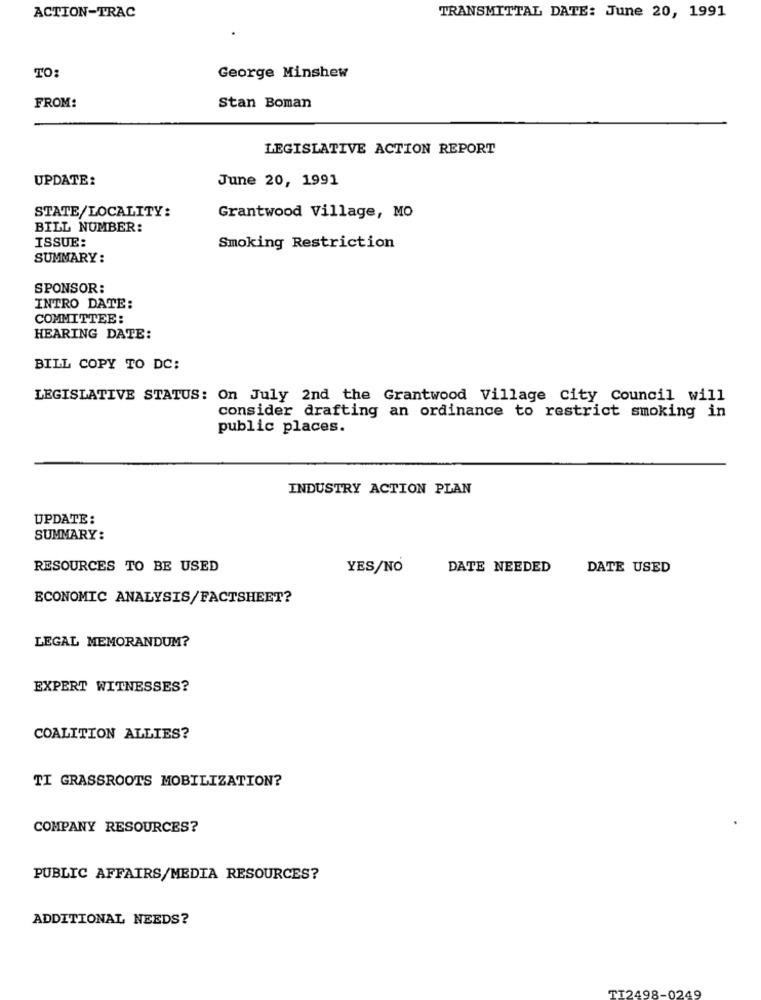
ACTION-TRAC
TRANSMITTAL DATE: June 20, 1991
TO:
George Minshew
Stan Boman
FROM:
LEGISLATIVE ACTION REPORT
UPDATE:
June 20, 1991
STATE/LOCALITY:
Grantwood Village, MO
BILL NUMBER:
ISSUE:
Smoking Restriction
SUMMARY:
SPONSOR:
INTRO DATE:
COMMITTEE :
HEARING DATE:
BILL COPY TO DC:
LEGISLATIVE STATUS: On July 2nd the Grantwood Village City Council will
consider drafting an ordinance to restrict smoking in
public places.
INDUSTRY ACTION PLAN
UPDATE :
SUMMARY:
RESOURCES TO BE USED
YES/NO
DATE NEEDED
DATE USED
ECONOMIC ANALYSIS/FACTSHEET?
LEGAL MEMORANDUM?
EXPERT WITNESSES?
COALITION ALLIES?
TI GRASSROOTS MOBILIZATION?
COMPANY RESOURCES?
PUBLIC AFFAIRS/MEDIA RESOURCES?
ADDITIONAL NEEDS?
TT2498-0249